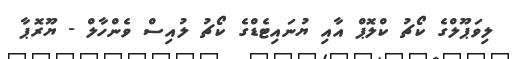
ލިވަޕޫލްގެ ކޯޗު ކްލޮޕް އާއި ޔުނައިޓެޑްގެ ކޯޗު ލުއިސް ވެންހާލް - ޔޫރޮޕާ